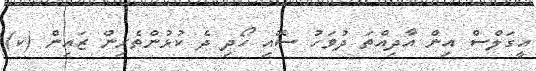
އީގަލްސް އިން އާދިއްތަ ދުވަހު ސޮއި ހޯދި ދެ ކުޅުންތެރިން ޒައިން (ކ)